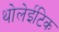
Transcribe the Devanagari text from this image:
थोलेईटिक